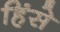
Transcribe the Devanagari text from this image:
हिंसे